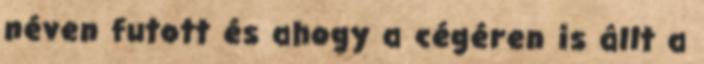
néven futott és ahogy a cégéren is állt a